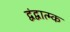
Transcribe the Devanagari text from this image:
द्वंद्वात्म्क